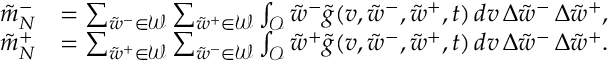
\begin{array} { r l } { \tilde { m } _ { N } ^ { - } } & { = \sum _ { \tilde { w } ^ { - } \in \mathcal { W } } \sum _ { \tilde { w } ^ { + } \in \mathcal { W } } \int _ { \mathcal { O } } \tilde { w } ^ { - } \tilde { g } ( v , \tilde { w } ^ { - } , \tilde { w } ^ { + } , t ) \, d v \, \Delta { \tilde { w } } ^ { - } \, \Delta { \tilde { w } } ^ { + } , } \\ { \tilde { m } _ { N } ^ { + } } & { = \sum _ { \tilde { w } ^ { + } \in \mathcal { W } } \sum _ { \tilde { w } ^ { - } \in \mathcal { W } } \int _ { \mathcal { O } } \tilde { w } ^ { + } \tilde { g } ( v , \tilde { w } ^ { - } , \tilde { w } ^ { + } , t ) \, d v \, \Delta { \tilde { w } } ^ { - } \, \Delta { \tilde { w } } ^ { + } . } \end{array}